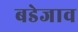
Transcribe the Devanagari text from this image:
बडेजाव